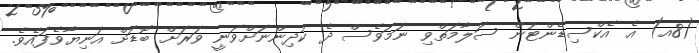
(8އ) އެ އެކްސިޑެންޓުން ސަލާމަތްވި ނަމަވެސް ދެ ކުދިންނަށްވަނީ ވަރަށް ބޮޑަށް އަނިޔާވެފައެވެ.